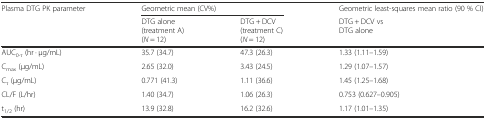
<table><thead><tr><td rowspan="2"><b>Plasma DTG PK parameter</b></td><td colspan="2"><b>Geometric mean (CV%)</b></td><td><b>Geometric least-squares mean ratio (90 % CI)</b></td></tr><tr><td><b>DTG alone(treatment A)(<i>N</i> = 12)</b></td><td><b>DTG + DCV(treatment C)(<i>N</i> = 12)</b></td><td><b>DTG + DCV vsDTG alone</b></td></tr></thead><tbody><tr><td>AUC<sub>0-τ</sub> (hr · μg/mL)</td><td>35.7 (34.7)</td><td>47.3 (26.3)</td><td>1.33 (1.11–1.59)</td></tr><tr><td>C<sub>max</sub> (μg/mL)</td><td>2.65 (32.0)</td><td>3.43 (24.5)</td><td>1.29 (1.07–1.57)</td></tr><tr><td>C<sub>τ</sub> (μg/mL)</td><td>0.771 (41.3)</td><td>1.11 (36.6)</td><td>1.45 (1.25–1.68)</td></tr><tr><td>CL/F (L/hr)</td><td>1.40 (34.7)</td><td>1.06 (26.3)</td><td>0.753 (0.627–0.905)</td></tr><tr><td>t<sub>1/2</sub> (hr)</td><td>13.9 (32.8)</td><td>16.2 (32.6)</td><td>1.17 (1.01–1.35)</td></tr></tbody></table>